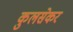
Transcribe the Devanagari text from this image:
कुलसेकर